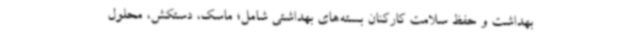
بهداشت و حفظ سلامت کارکنان بسته‌های بهداشتی شامل؛ ماسک، دستکش، محلول